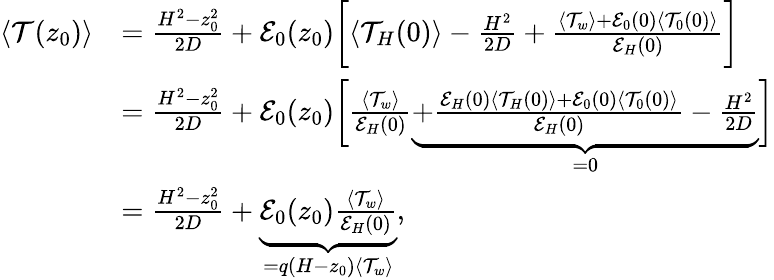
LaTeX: \begin{array}{rl}{\langle\mathcal{T}(z_{0})\rangle}&{=\frac{H^{2}-z_{0}^{2}}{2D}+\mathcal{E}_{0}(z_{0})\biggl[\langle\mathcal{T}_{H}(0)\rangle-\frac{H^{2}}{2D}+\frac{\langle\mathcal{T}_{w}\rangle+\mathcal{E}_{0}(0)\langle\mathcal{T}_{0}(0)\rangle}{\mathcal{E}_{H}(0)}\biggr]}\\ &{=\frac{H^{2}-z_{0}^{2}}{2D}+\mathcal{E}_{0}(z_{0})\biggl[\frac{\langle\mathcal{T}_{w}\rangle}{\mathcal{E}_{H}(0)}\underbrace{+\frac{\mathcal{E}_{H}(0)\langle\mathcal{T}_{H}(0)\rangle+\mathcal{E}_{0}(0)\langle\mathcal{T}_{0}(0)\rangle}{\mathcal{E}_{H}(0)}-\frac{H^{2}}{2D}}_{=0}\biggr]}\\ &{=\frac{H^{2}-z_{0}^{2}}{2D}+\underbrace{\mathcal{E}_{0}(z_{0})\frac{\langle\mathcal{T}_{w}\rangle}{\mathcal{E}_{H}(0)}}_{=q(H-z_{0})\langle\mathcal{T}_{w}\rangle},}\end{array}